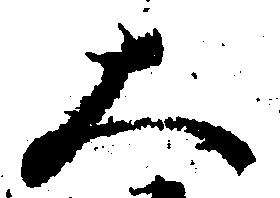
大